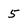
Character: 5